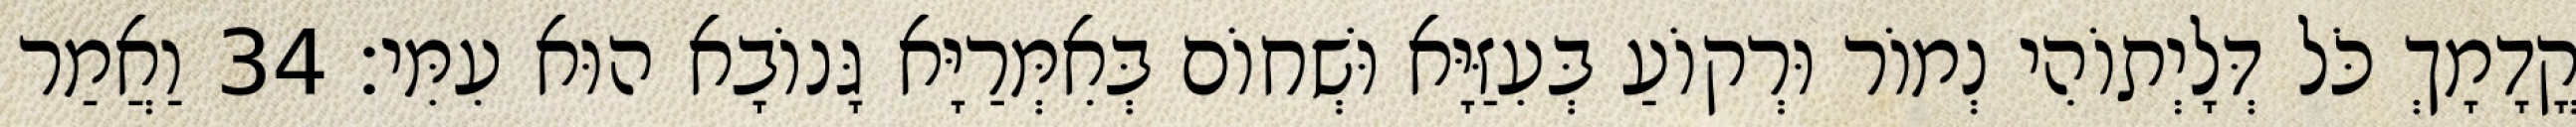
קֳדָמָךְ כֹּל דְּלָיְתוֹהִי נְמוֹר וּרְקוֹעַ בְּעִזַּיָּא וּשְׁחוֹם בְּאִמְּרַיָּא גָּנוֹבָא הוּא עִמִּי׃ 34 וַאֲמַר